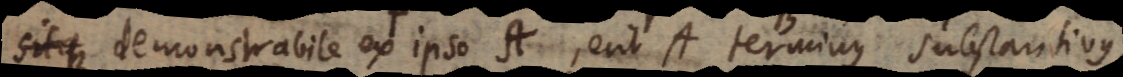
sitque demonstrabile ex ipso A, erit A terminus substantivus,